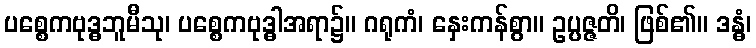
ပစ္စေကဗုဒ္ဓဘူမီသု၊ ပစ္စေကဗုဒ္ဓါအရာ၌။ ဂရုကံ၊ နှေးကန်စွာ။ ဥပ္ပဇ္ဇတိ၊ ဖြစ်၏။ ဒန္ဓံ၊